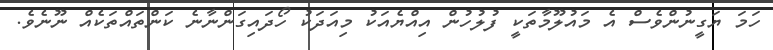
ހަމަ ޔަގީނުންވެސް އެ މައުލޫމާތަކީ ފުލުހުން އިއްޔެއަކު މިއަދަކު ހޯދައިގަންނާނެ ކަންތައްތަކެއް ނޫނެވެ.